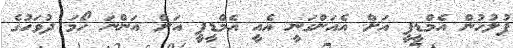
ފުލުހުން އެމްޑީޕީ އަށް އެއަންގަނީ އެއީ އެމްޑީޕީ އަށް އަންނަ ހޯމަ ދުވަހުގެ